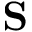
{ \bf S }